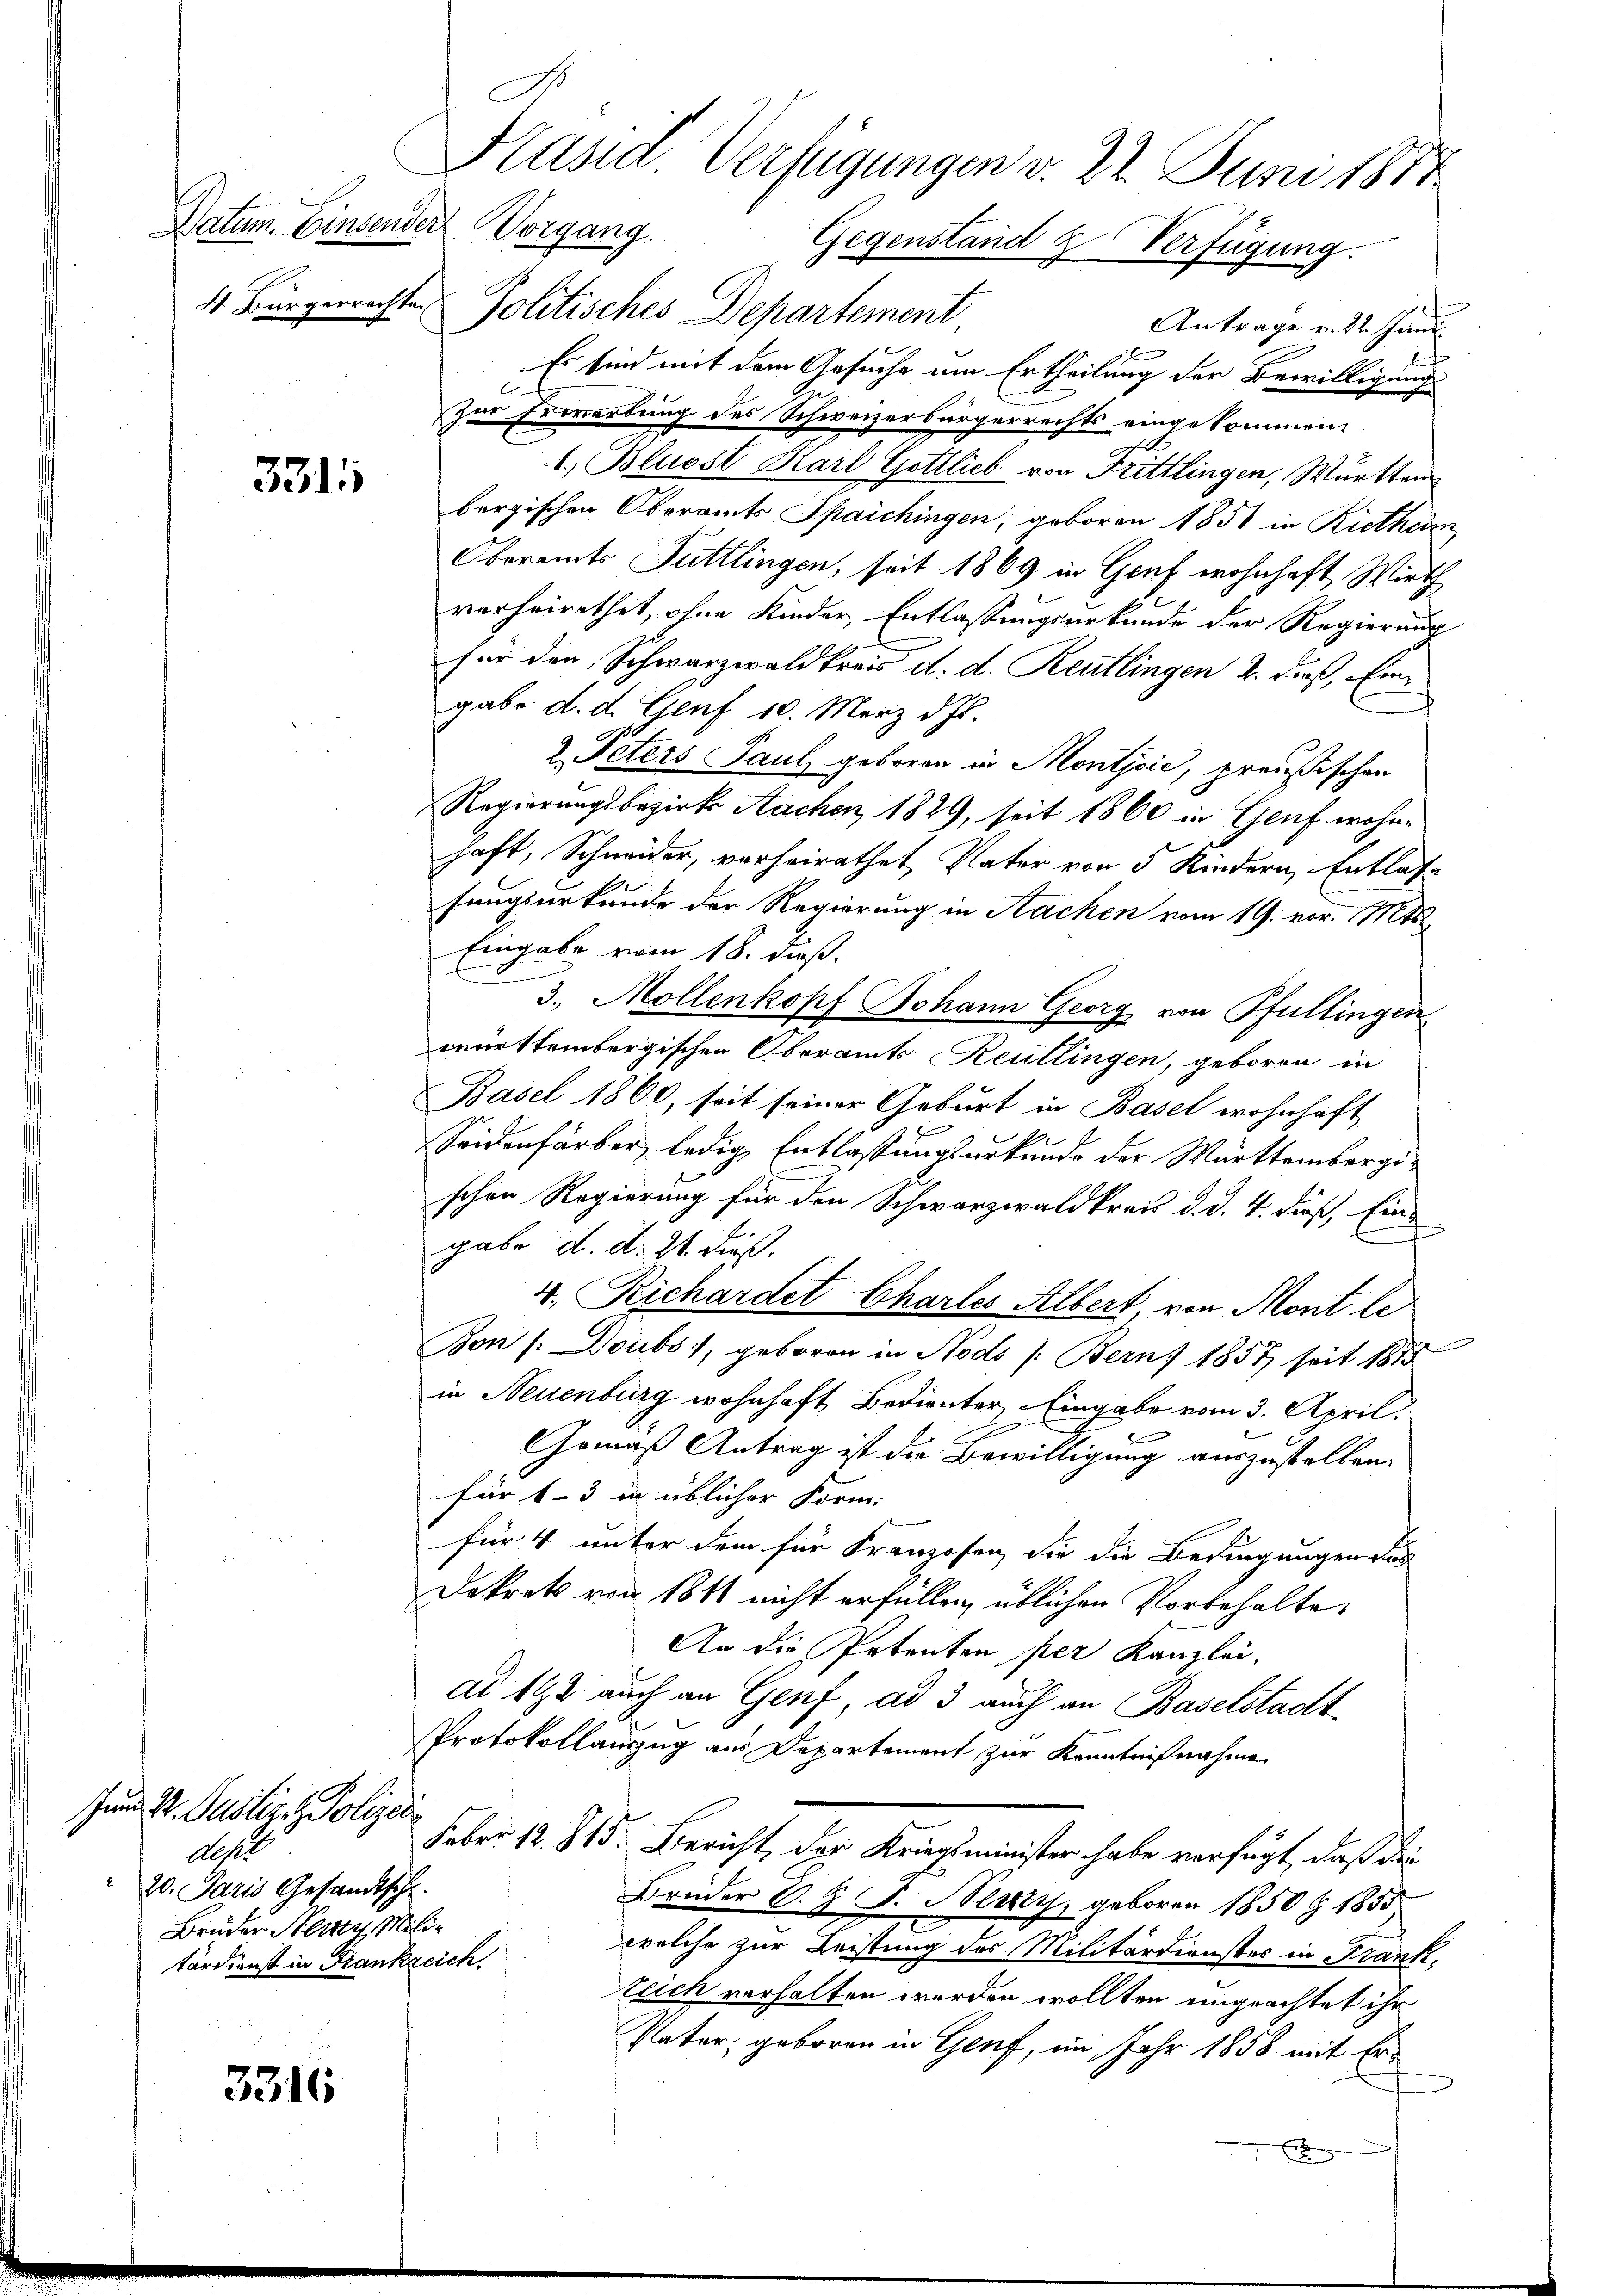
4 Bürgerrechte

3315

Jum Dr. Justiges Polizei
A
20. Paris Gesandtsch.
Bruder Stern Militärdienst in Frankreich.

3316

Politisches Departement
Antrage v. 22. Juni.
Es sind mit dem Gesuche um Ertheilung der Bewilligung
Zur Erwerbung des Schweizerbürgerrechts eingekommen.
1., Bluost Karl Gottlieb von Frittlingen, Württem
bergischen Oberamts Spaichingen, geboren 1851 in Riethei
Oberamts Tuttlingen, seit 1869 in Genf wohnhaft Wirth
verheirathet, ohne Kinder, Entlassungsurkunde der Regierung
.
für den Schwarzwaldkreis d. d. Reutlingen 2. dieß, Eingabe d. d. Genf 10. März d. Js.
2. Peters Paul geboren in Montjoić, preußischen
Regierungsbezirk Aachen 1829, seit 1860 in Genf wohnhaft, Schneider, verheirathet, Vater von 5 Kindern, Entlasse
fungsurkunde der Regierung in Sachen vom 19. vor. Mts.
Eingabe vom 18. dieß.
3.) Mollenkopf Johann Georg von Pfullingen,
württembergischen Oberamts Reutlingen, geboren in
Basel 1860, seit seiner Geburt in Basel wohnhaft
Seidenfärber, ledige Entlassungsurkunde der Württembergischen Regierung für den Schwarzwaldkreis d. d. 4. daß, Eins
gabe d. d. 21. dieß.
4. Richardet Charles Albert von Mont le
Bon /: Doubs, geboren in Nods /: Berns 1857 seit 1875
in Neuenburg wohnhaft Bedienter Eingabe vom 3. April
E
C
Gemäß Antrag ist die Bewilligung auszustellen.
für 1-3 in üblicher Form:
für 4 unter dem für Franzosen, die die Bedingungen das
Dekrets von 1811 nicht erfüllen üblichen Vorbehalte
An die Petenten per Kanzlei,
ad 192 auch an Genf, ad 3 auch an Baselstadt
Protokollanzug aus Departement zur Kenntnißnahme
Feber 12. 815. Bericht, der Kriegsminister habe verfügt, daß die
Brüder A. H. F. Slutty, geboren 1850 Z 1855
welche zur Leistung des Militärdienster in Frank,
teich verhalten werden wollten ungeachtet ihr
Pater, geboren in Genf, im Jahr 1858 mit Erx

Kand. Verfügungen v. 22. Juni 1874
Datum. Einsender Vorgang. Gegenstand & Verfügung.